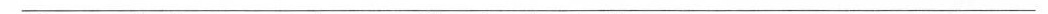
___